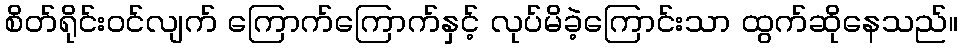
စိတ်ရိုင်းဝင်လျက် ကြောက်ကြောက်နှင့် လုပ်မိခဲ့ကြောင်းသာ ထွက်ဆိုနေသည်။